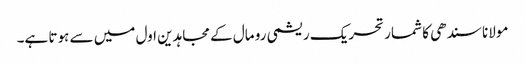
مولانا سندھی کا شمار تحریک ریشمی رو مال کے مجاہدین اول میں سے ہوتا ہے۔